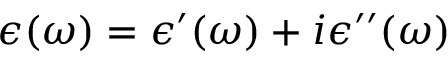
\epsilon ( \omega ) = \epsilon ^ { \prime } ( \omega ) + i \epsilon ^ { \prime \prime } ( \omega )